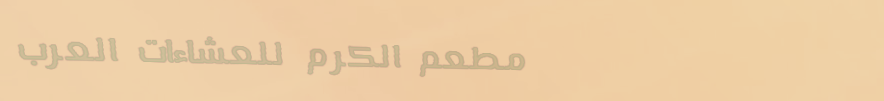
مطعم الكرم للعشاءات العرب